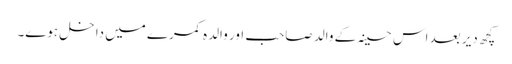
کچھ دیر بعد اس حسینہ کے والد صاحب اور والدہ کمرے میں داخل ہوے۔